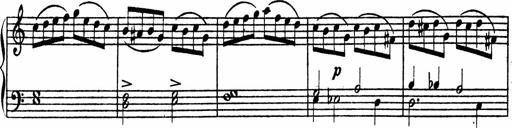
Title: Piano Sonata
Composer: Karl HÃ¤ssler
Key: C major